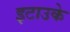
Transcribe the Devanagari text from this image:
इटाउके